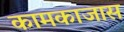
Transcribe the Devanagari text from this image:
कामकाजास